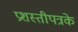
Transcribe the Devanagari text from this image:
प्रशस्तीपत्रके